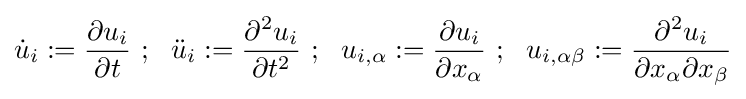
{\dot {u}}_{i}:={\frac {\partial u_{i}}{\partial t}}~;~~{\ddot {u}}_{i}:={\frac {\partial ^{2}u_{i}}{\partial t^{2}}}~;~~u_{i,\alpha }:={\frac {\partial u_{i}}{\partial x_{\alpha }}}~;~~u_{i,\alpha \beta }:={\frac {\partial ^{2}u_{i}}{\partial x_{\alpha }\partial x_{\beta }}}